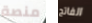
منصة الفاتح